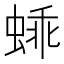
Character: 𬠕